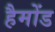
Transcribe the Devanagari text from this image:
हैमोंड